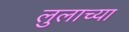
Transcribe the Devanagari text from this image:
लुलाच्या